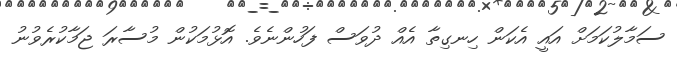
ސަމާލުކަމަށް އައީ އެކަން ހިނގިތާ އެއް ދުވަސް ފަހުންނެވެ. އޮޅުމަކުން މުސާރަ ޖަމާކުރެވުނު